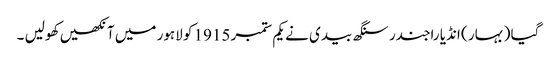
گیا ( بہار ) انڈیا راجندر سنگھ بیدی نے یکم ستمبر 1915 کو لاہور میں آنکھیں کھولیں ۔